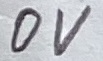
Text: 0V